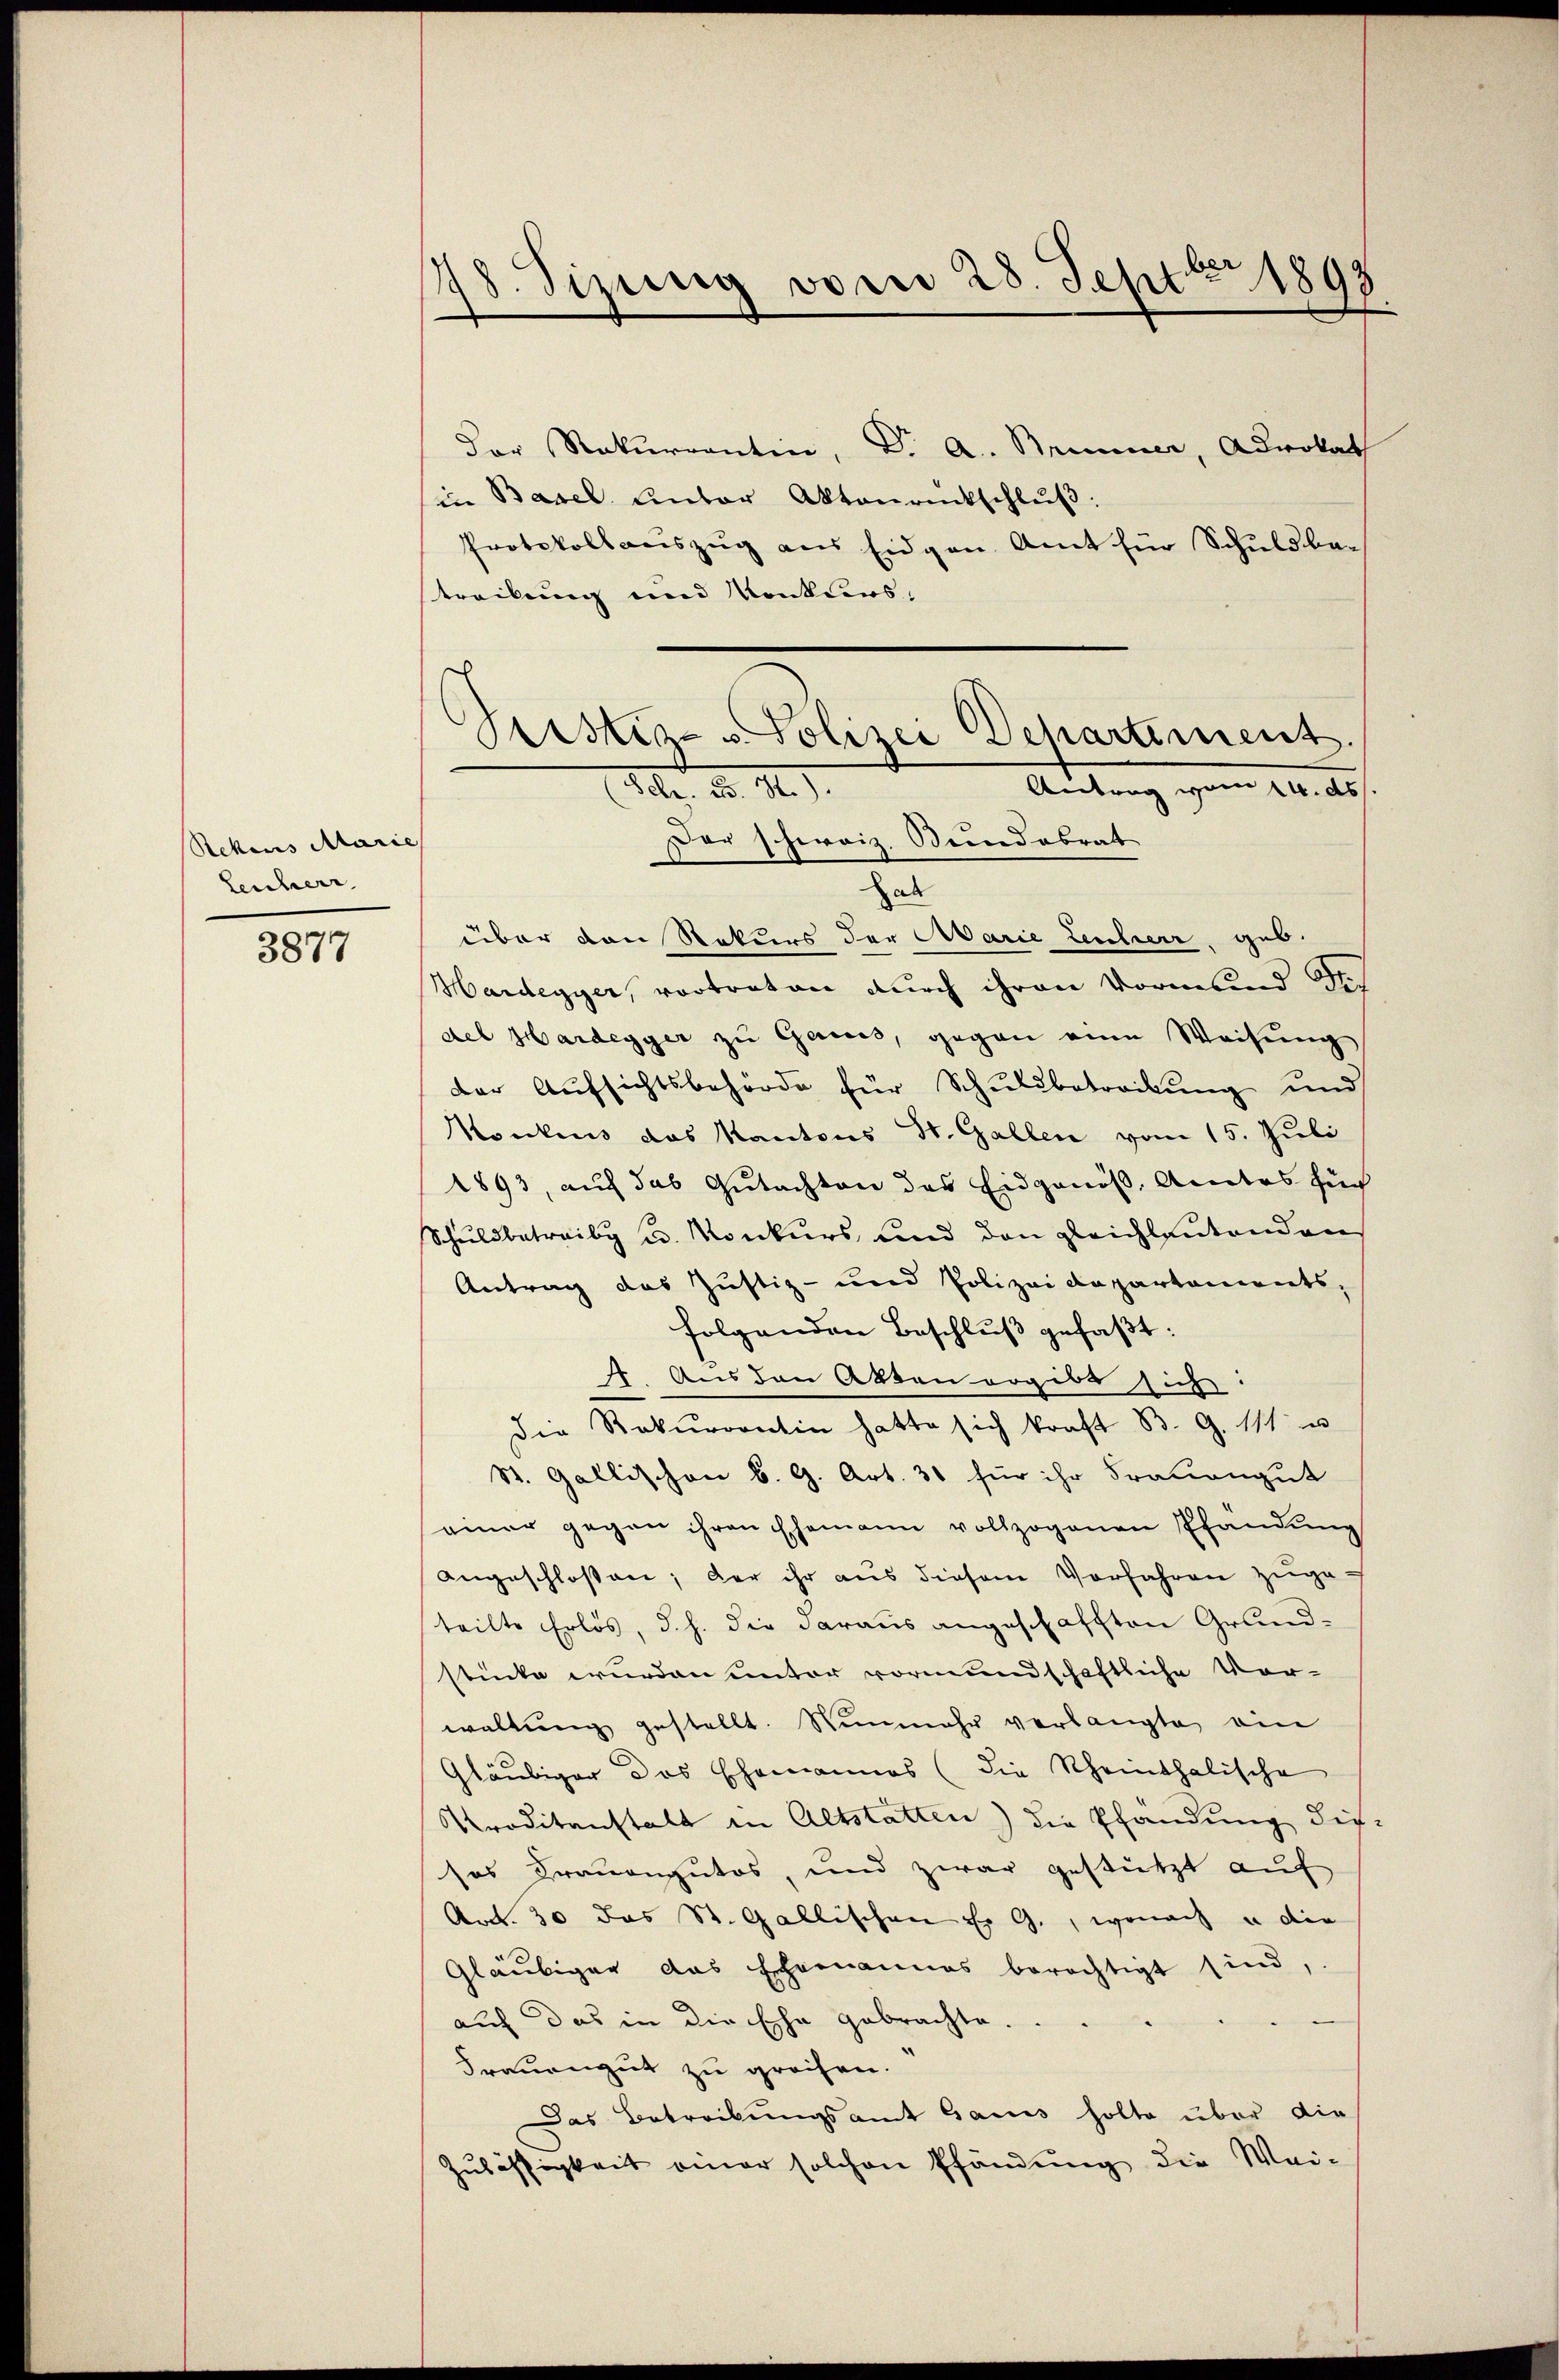
Rehaus Marie
Leuherr

3877

78. Sizung vom 28. Septbr 1893

Der Rekurrentin, Dr. A. Brunner, Advokat
(in Basel unter Aktenrückschlŭβ:
Protokollauszug aus Eidgen. Amt für Schuldbetreibung und Konkurs.
Der schweiz. Bundobrat
Zab
über den Rekurs der Marie Leiherr, geb.
Hardegyer, vortraton durch ihren Vormund Sch
des Hardegger zu Gares, gegen eine Weisung
der Aŭfsichtsbehörde für Schuldbetreibŭng und
Monkens das Kantons St. Gallen vom 15. Juli
1893, auf das Gutachten das Eidgenöß, Amtes für
Schuldbetreib u. Konkurs und den gleichlantenden
Antrag das Justiz- und Polizeidepartaments,
folgenden Beschluß gefaßt:
. Aus den Akten ergibt sich:
Die Rekurrentin hatte sich kraft B. G. 111 u
St. Gallischon b. G. Art. 31 für ihr Frauengut
einer gegen ihren Ehemann vollzogenen Pfandŭng
angeschlossen; der ihr aus diesem Vorfahren zuge-
teilte Erlös, d. h. die daraus angeschafften Grund-
stücke wurden unter vormundschaftliche Vor-
waltŭng gestellt. Nunmehr verlangte ein
Gläubiger das Ehemannes (die Scheinthalische
Proditanstalt in Altstatten) die Pfändung diesos Frauengutos, und zwar gestützt aŭf
Art. 30 das St. Gallischen Er G., wonach u die
Gläubiger das Ehemannes berechtigt sind,
auf das in die Ehe gebrachte.
Trauengut zu greifen.
Das Betreibungsamt Gauis holte über die
Zulässigkeit einer solchen Pfändung die Wei-

Pristiz- u Polizei Departement.
Antrag gem
br. d. 11).